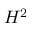
H ^ { 2 }